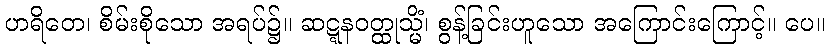
ဟရိတေ၊ စိမ်းစိုသော အရပ်၌။ ဆဋ္ဋနဝတ္ထုသ္မိံ၊ စွန့်ခြင်းဟူသော အကြောင်းကြောင့်။ ပေ။